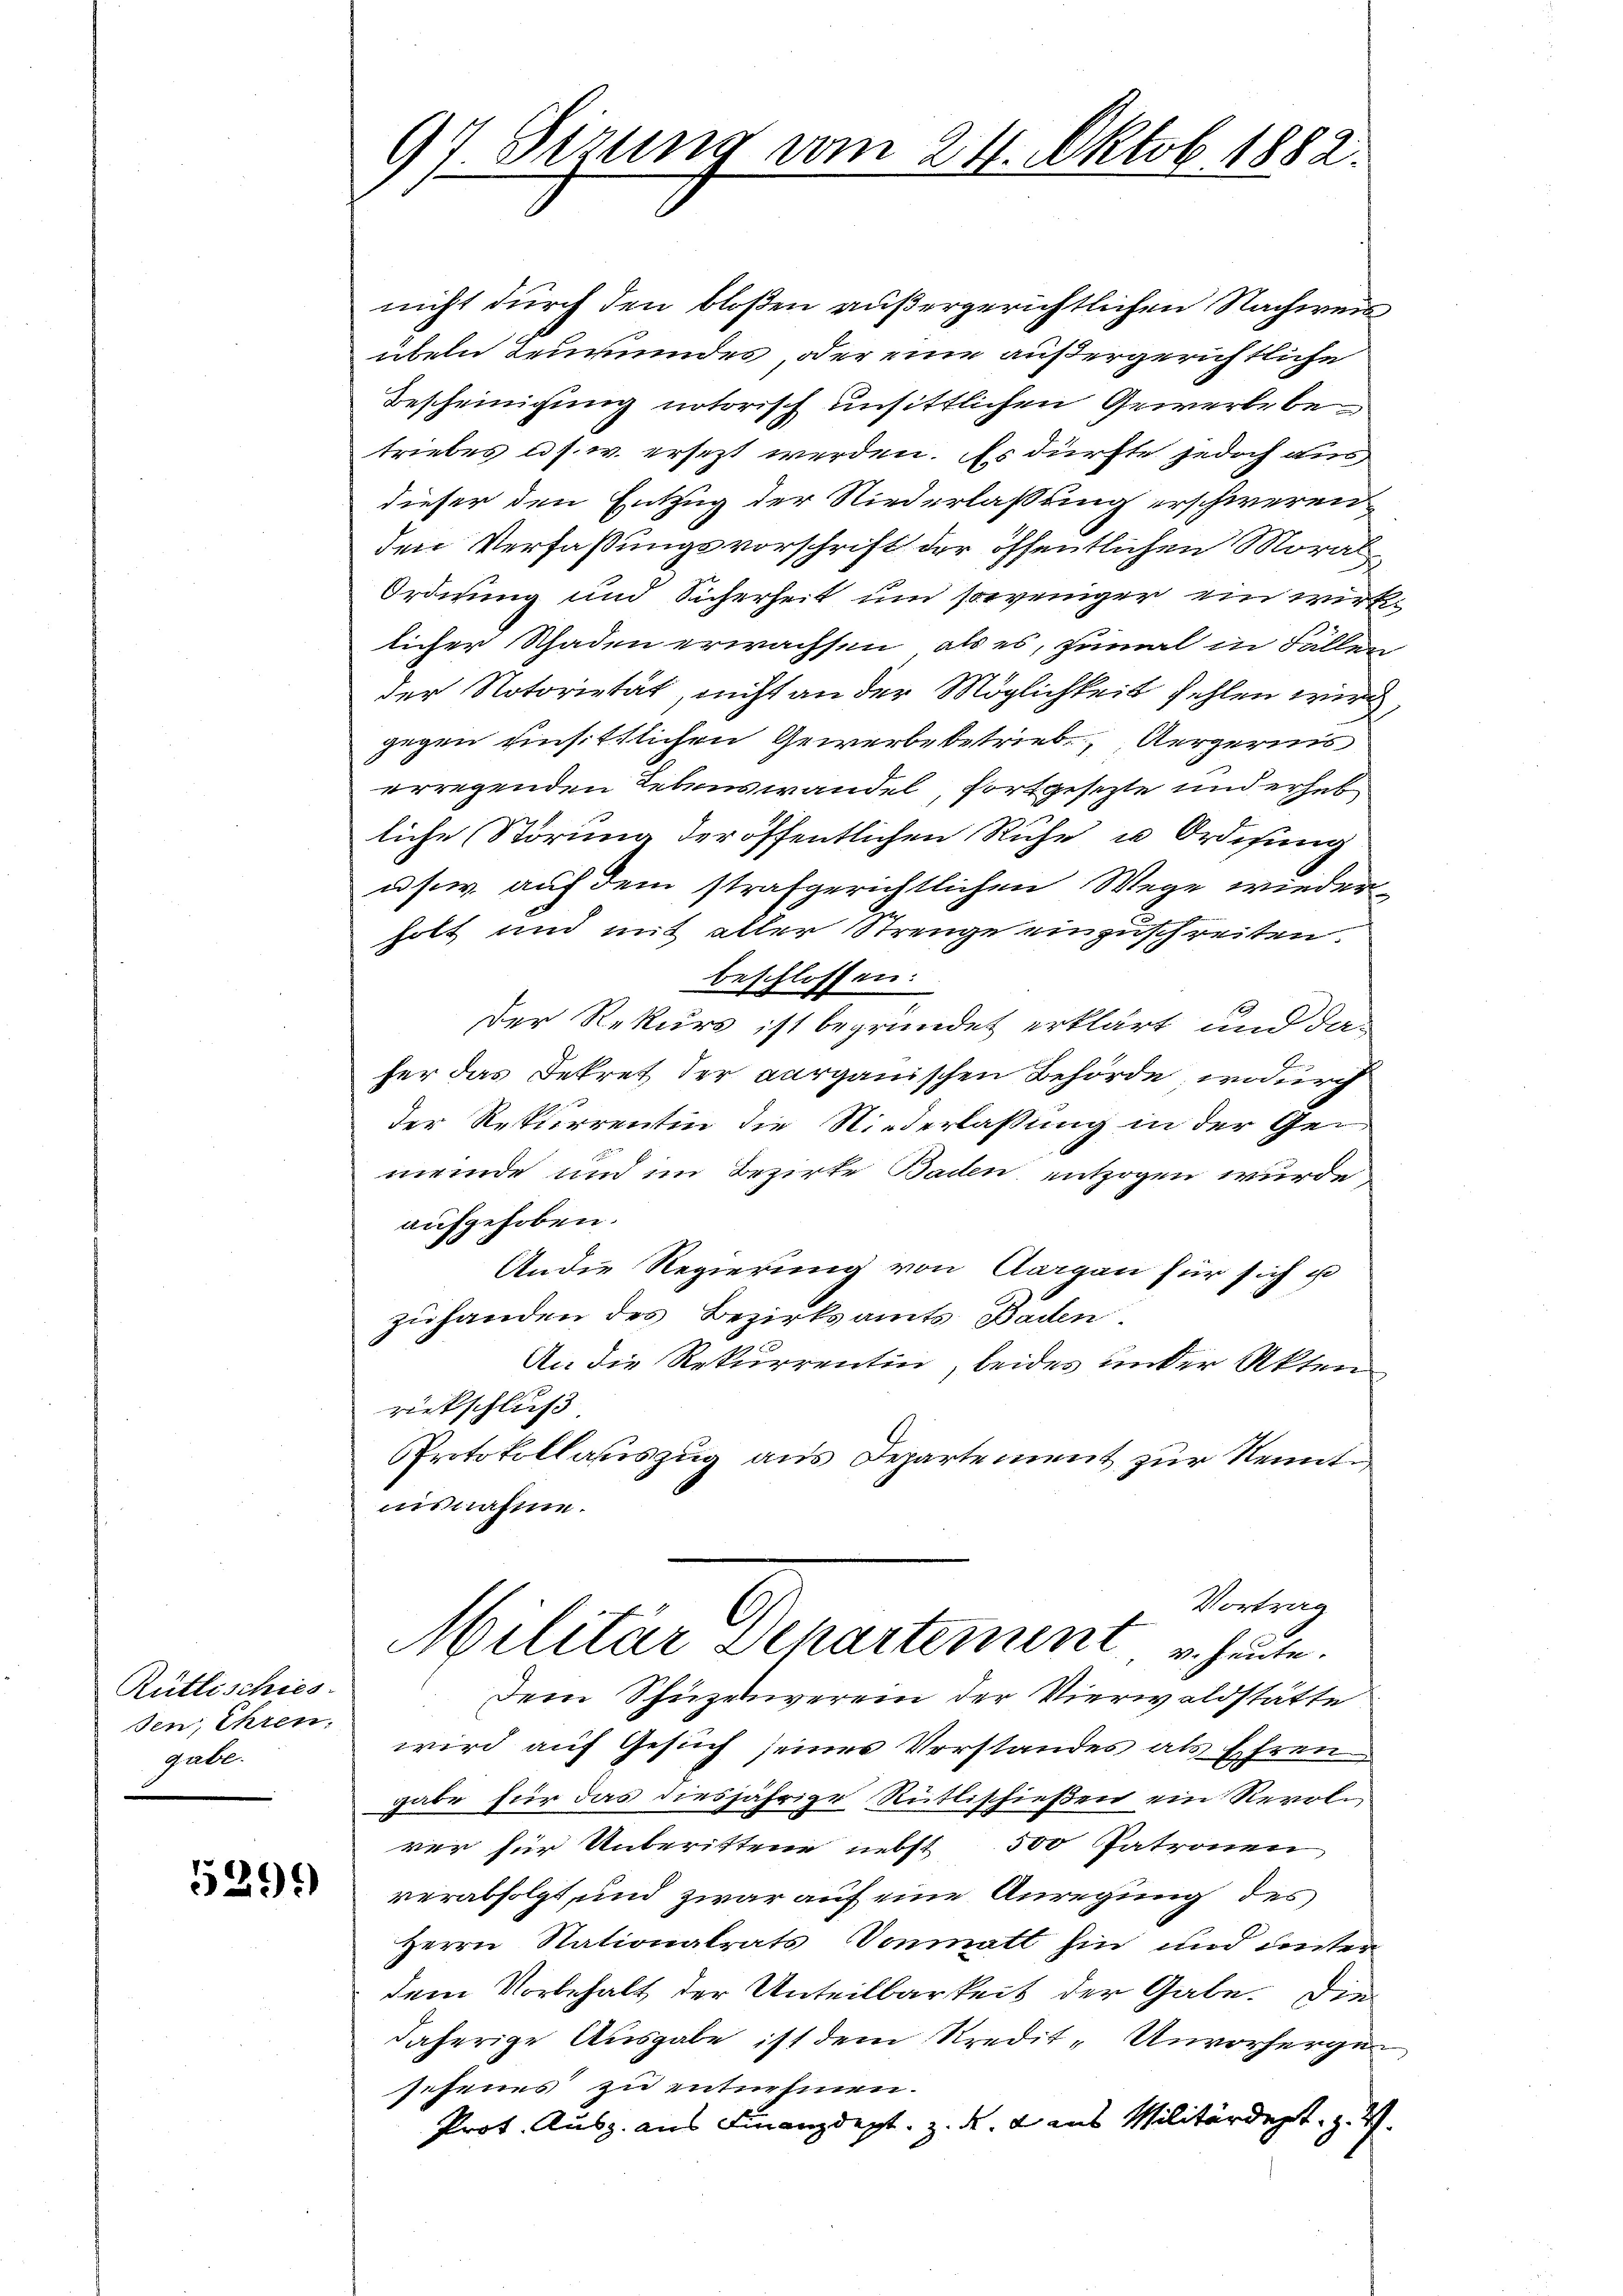
Rütlischies.
sen, Ehren.
gabe.

529.

97 Sizung vom 24. Oktob. 1882.

nicht durch den bloßen außergerichtlichen Nachweis
übeln Teuundes, oder eine außergerichtliche
Bescheinigung notorisch unsittlichen Gewerbe be
triebes ad s. w. ersezt werden. Es dürfte jedoch aus,
dieser den Entzug der Niederlassung erschweren,
den Verfaßungsvorschrift der öffentlichen Moral¬
Ordnung und Sicherheit um soweniger ein wirklicher Schaden erwachsen, als es, zumal in Fällen
der Notorietät, nicht an der Möglichkeit fehlen wird,
gegen einsittlichen Gewerbe betrieb. Aergerins
genden Lebenswandel, fortgesezte und erheb
liche Störung der öffentlichen Ruhe u. Ordisung
usw. auf dem strafgerichtlichen Wege wieder
holt und mit aller Strenge einzuschreiten.
beschlossen:
Der Rekurs ist begründet erklärt und das
fer das Dekret der aargauischen Behörde, wodurch
der Rekurrentin die Niederlassung in der Gemeinde und im Bezirke Baden, entzogen wurde,
aufgehoben.
Andie Regierung von Aargau für sich u
zuhanden des Bezirksamts Baden
An die Rekurrentin, beides under Akten
rickschluß
Protokollauszug aus Departement zur Kenntuisnahme.
Vortrag
Militär Departement heute.
Dem Schüzewerein der Vierwaldstätte
wird auf Gesuch seines Verstandes als Ehren
gabe für das diesjährige Rüttischießen ein Revolren für Unberittene nebst 500 Patronen
verabfolgt, und zwar auf eine Anregung des
Herrn Stationalrats Vonmatt hin und unter
dem Vorbehalt der Unteilbarkeit der Gabe. Die
daherige Ausgabe ist dem Kredit- Unvorherge
sesenes zu entnehmen.
Prot. Ausz. aus Finanzdept. z. d. 2 aus Militärdept. z. Z.